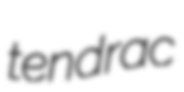
tendrac